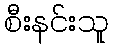
စီးနင်းသူ